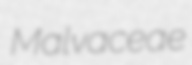
Malvaceae